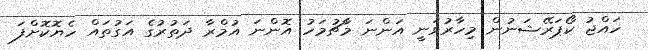
ހައްޖު ކޯޕަރޭޝަނުން މިހާރުވަނީ އަންނަ މާޗުމަހު އޮންނަ އުމްރާ ދަތުރުގެ އަގުތައް ހެޔޮކޮށްފަ